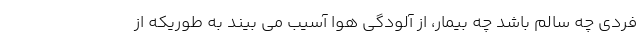
فردی چه سالم باشد چه بیمار، از آلودگی هوا آسیب می بیند به طوریکه از